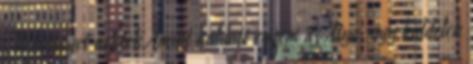
„Békességet nektek Amint küldött engem az Atya, úgy küldelek